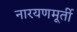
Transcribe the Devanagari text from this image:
नारयणमूर्ती